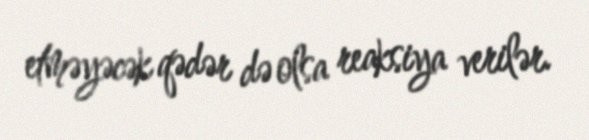
etməyəcək qədər də olsa reaksiya verilər.